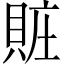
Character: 賍